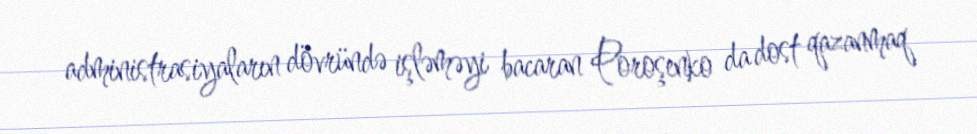
administrasiyaların dövründə işləməyi bacaran Poroşenko da dost qazanmaq